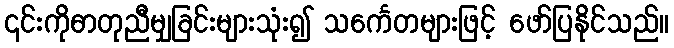
၎င်းကိုဓာတုညီမျှခြင်းများသုံး၍ သင်္ကေတများဖြင့် ဖော်ပြနိုင်သည်။